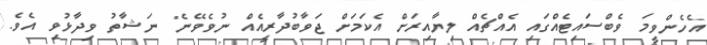
އެހެންވީމަ ވެބްސައިޓެއްގައި އެއްޗެއް ލިޔާއިރަށް އެކަމަށް ޖަވާބުދާރީއެއް ނުވެވޭނެ" ނަޝާތު ވިދާޅުވި އެވެ.